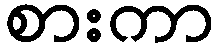
စားကာ